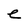
Character: e